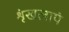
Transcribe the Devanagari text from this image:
शृंखलापं